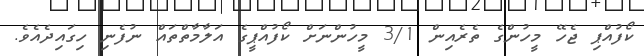
ކޯފުއްޕި ޖެހޭ މީހުންގެ ތެރެއިން 3/1 މީހުންނަށް ކޯފުއްޕީގެ އަލާމާތްތައް ނުފެނި ހިގައިދެއެވެ.